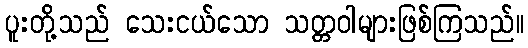
ပူးတို့သည် သေးငယ်သော သတ္တဝါများဖြစ်ကြသည်။